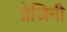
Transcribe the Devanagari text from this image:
ग्रेजिनी